Lunatic asylums Central Provinces reports 1910-1926 - 1910-1926
Year: 1910
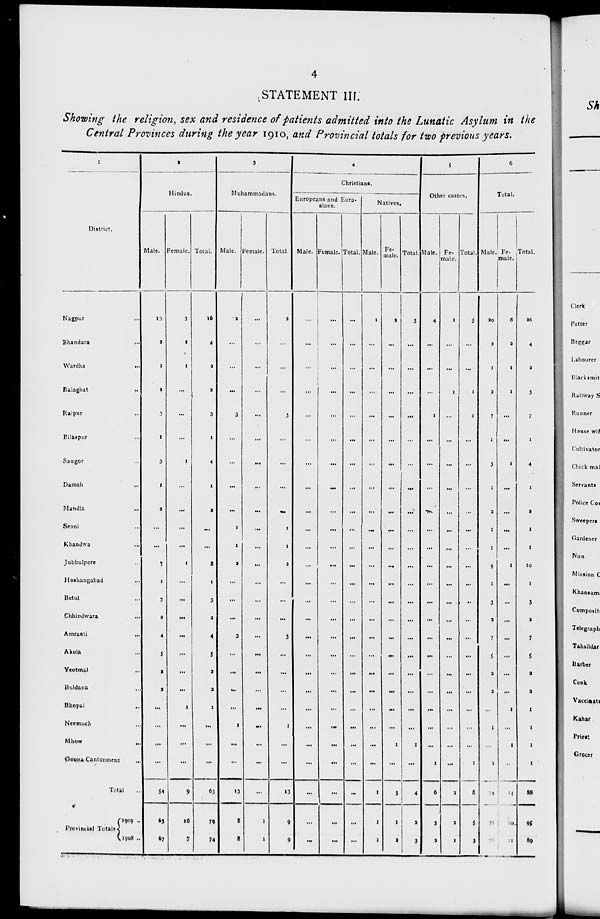
4
STATEMENT III.
Showing the religion, sex and residence of patients admitted into the Lunatic Asylum in the
Central Provinces during the year 1910, and Provincial totals for two previous years.
1
District.
Nagpur ...
Bhandara ...
Wardha ...
Balaghat ...
Raipur ...
Bilaspur ...
Saugor ...
Damoh ...
Mandla
...
Seoni ...
Khandwa ...
Jubbulpore ...
Hoshangabad
...
Betul ...
Chhindwara
...
Amraoti ...
Akola ...
Yeotmal ...
Buldana ...
Bhopal ...
Neemuch ...
Mhow
...
Goona Cantonment
...
Total ...
Provincial Totals
1909 ...
1908 ...
2
Hindus.
Male.
13
2
1
2
3
1
3
1
2
...
...
7
1
3
2
4
5
2
2
...
...
...
...
54
63
67
Female.
3
2
1
...
...
...
1
...
...
...
...
1
...
...
...
...
...
...
...
1
...
...
...
9
16
7
Total.
16
4
2
2
3
1
4
1
2
...
...
8
1
3
2
4
5
2
2
1
...
...
...
63
79
74
3
Muhammadans.
Male.
2
...
...
...
3
...
...
...
...
1
1
2
...
...
...
3
...
...
...
...
1
...
...
13
8
8
Female.
...
...
...
...
...
...
...
...
...
...
...
...
...
...
...
...
...
...
...
...
...
...
...
...
1
1
Total.
2
...
...
...
3
...
...
...
...
1
1
2
...
...
...
3
...
...
...
...
1
...
...
13
9
9
4
Christians.
Europeans and Eura-
sians.
Male.
...
...
...
...
...
...
...
...
...
...
...
...
...
...
...
...
...
...
...
...
...
...
...
...
...
...
Female.
...
...
...
...
...
...
...
...
...
...
...
...
...
...
...
...
...
...
...
...
...
...
...
13
...
...
Total.
...
...
...
...
...
...
...
...
...
...
...
...
...
...
...
...
...
...
...
...
...
...
...
...
...
...
Natives,
Male.
1
...
...
...
...
...
...
...
...
...
...
...
...
...
...
...
...
...
...
...
...
...
...
1
1
1
Fe-
male.
2
...
...
...
...
...
...
...
...
...
...
...
...
...
...
...
...
...
...
...
...
1
...
3
1
2
Total.
3
...
...
...
...
...
...
...
...
...
...
...
...
...
...
...
...
...
...
...
...
1
...
4
2
3
5
Other castes.
Male.
4
...
...
...
1
...
...
...
...
...
...
...
...
...
...
...
...
...
...
...
...
...
1
6
3
2
Fe-
male.
1
...
...
1
...
...
...
...
...
...
...
...
...
...
...
...
...
...
...
...
...
...
...
2
2
1
Total.
5
...
...
1
1
...
...
...
...
...
...
...
...
...
...
...
...
...
...
...
...
...
1
8
5
3
6
Total.
Male.
20
2
1
2
7
1
3
1
2
1
1
9
1
3
2
7
5
2
2
...
1
...
1
74
75
88
male.
6
2
1
1
...
...
1
...
...
...
...
1
...
...
...
...
...
...
...
1
...
1
...
14
20
1
Total.
26
4
2
3
7
1
4
1
2
1
1
10
1
3
2
7
5
2
2
1
1
1
1
88
95
89